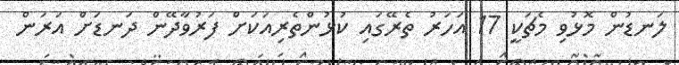
ލަނޑުން މޮޅުވި މެޗަކީ 17 އަހަރު ތެރޭގައި ކުޅުންތެރިއަކަށް ފަރުވާދޭން ދަނޑަށް އަރަން